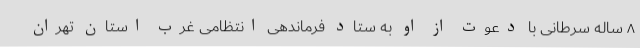
۸ ساله سرطانی با دعوت از او به ستاد فرماندهی انتظامی غرب استان تهران